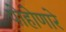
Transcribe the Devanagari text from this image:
पोहोणारे